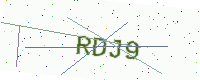
Text: RDJ9